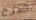
صرح